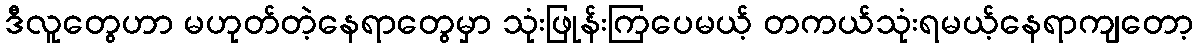
ဒီလူတွေဟာ မဟုတ်တဲ့နေရာတွေမှာ သုံးဖြုန်းကြပေမယ့် တကယ်သုံးရမယ့်နေရာကျတော့